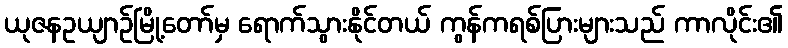
ယုဇနဥယျာဉ်မြို့တော်မှ ရောက်သွားနိုင်တယ် ကွန်ကရစ်ပြားများသည် ကာလိုင်း၏